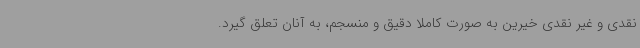
نقدی و غیر نقدی خیرین به صورت کاملاً دقیق و منسجم، به آنان تعلق گیرد.